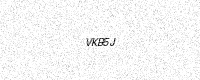
Text: VKB5J